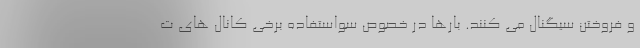
و فروختن سیگنال می کنند. بارها در خصوص سواستفاده برخی کانال های ت